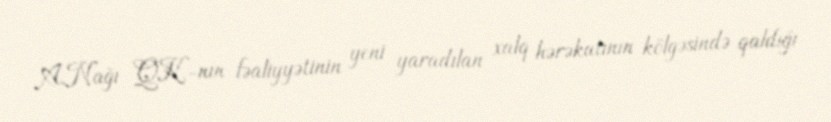
A.Nağı QK-nın fəaliyyətinin yeni yaradılan xalq hərəkatının kölgəsində qaldığı